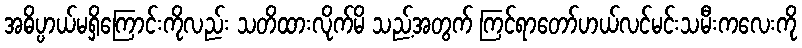
အဓိပ္ပာယ်မရှိကြောင်းကိုလည်း သတိထားလိုက်မိ သည့်အတွက် ကြင်ရာတော်ဟယ်လင်မင်းသမီးကလေးကို